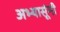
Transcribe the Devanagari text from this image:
अभ्यासूंनी